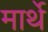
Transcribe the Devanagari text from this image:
मार्थे